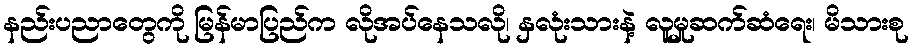
နည်းပညာတွေကို မြန်မာပြည်က လိုအပ်နေသလို၊ နှလုံးသားနဲ့ လူမှုဆက်ဆံရေး၊ မိသားစု